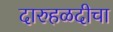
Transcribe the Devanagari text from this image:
दारुहळदीचा